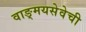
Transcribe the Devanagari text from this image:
वाङ्‌मयसेवेची